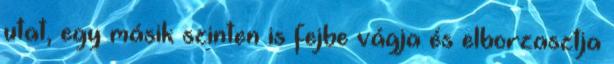
utat, egy másik szinten is fejbe vágja és elborzasztja